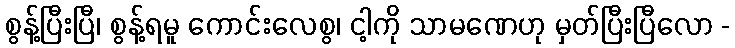
စွန့်ပြီးပြီ၊ စွန့်ရမူ ကောင်းလေစွ၊ ငါ့ကို သာမဏေဟု မှတ်ပြီးပြီလော -